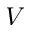
V